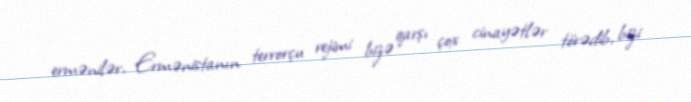
ermənilər, Ermənistanın terrorçu rejimi bizə qarşı çox cinayətlər törədib, bizi